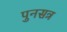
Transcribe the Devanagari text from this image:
पुनसत्र